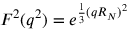
F ^ { 2 } ( q ^ { 2 } ) = e ^ { \frac { 1 } { 3 } ( q R _ { N } ) ^ { 2 } }